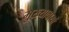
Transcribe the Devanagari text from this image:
मुख्यावासों